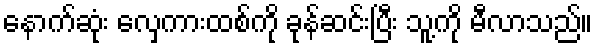
နောက်ဆုံး လှေကားထစ်ကို ခုန်ဆင်းပြီး သူ့ကို မီလာသည်။